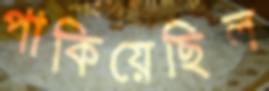
পাকিয়েছিল